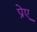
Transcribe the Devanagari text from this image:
प्रेए